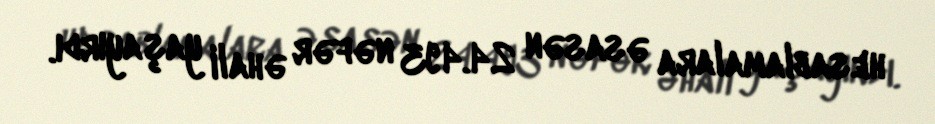
hesablamalara əsasən 24.493 nəfər əhali yaşayırdı.